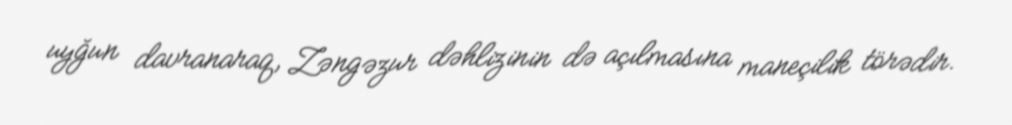
uyğun davranaraq, Zəngəzur dəhlizinin də açılmasına maneçilik törədir.